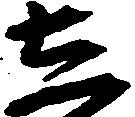
し